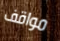
مواقف